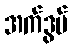
အက်ဒွပ်